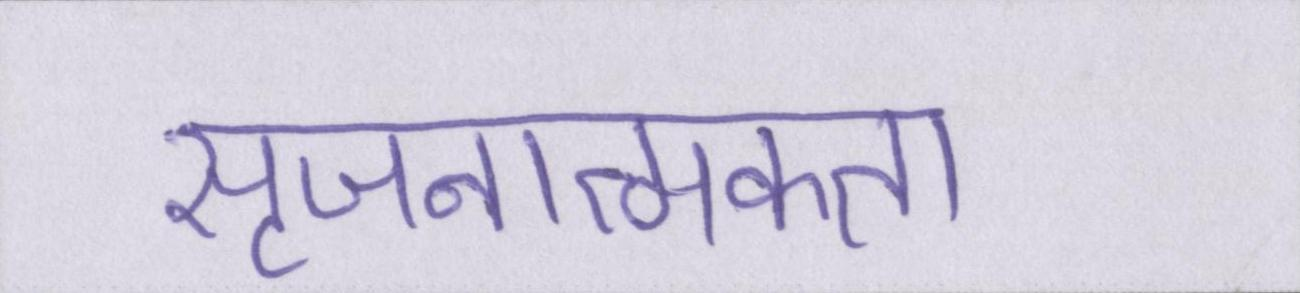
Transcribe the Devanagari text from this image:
सृजनात्मकता